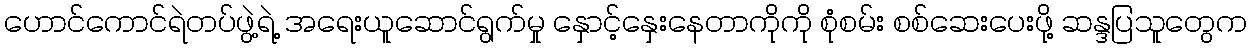
ဟောင်ကောင်ရဲတပ်ဖွဲ့ရဲ့ အရေးယူဆောင်ရွက်မှု နှောင့်နှေးနေတာကိုကို စုံစမ်း စစ်ဆေးပေးဖို့ ဆန္ဒပြသူတွေက